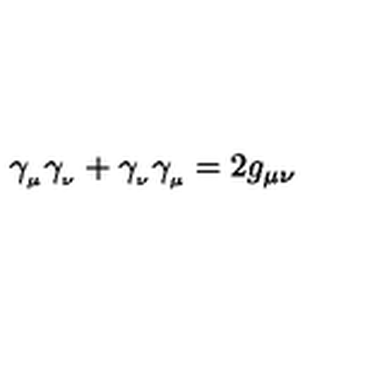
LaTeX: \gamma _ { _ \mu } \gamma _ { _ \nu } + \gamma _ { _ \nu } \gamma _ { _ \mu } = 2 g _ { \mu \nu }